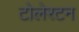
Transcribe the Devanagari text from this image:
टोलेरटन